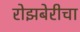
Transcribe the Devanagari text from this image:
रोझबेरीचा